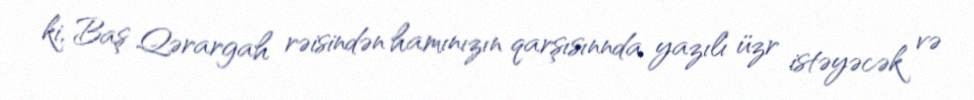
ki, Baş Qərargah rəisindən hamınızın qarşısınnda yazılı üzr istəyəcək və